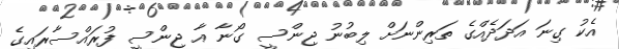
އެކު ގިނަ އަދަދެއްގެ ތަރިންނަށް ލިބުނު ޖިންސީ ގޯނާ އާ ޖިންސީ ފުރައްސާރައިގެ